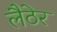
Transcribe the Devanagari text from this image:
लैठेर